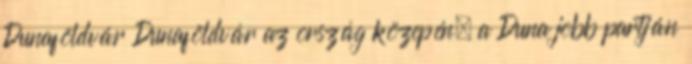
Dunaföldvár Dunaföldvár az ország közepén, a Duna jobb partján